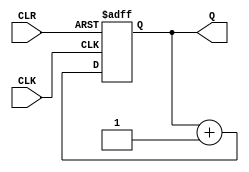
///////////////////////////////////////////////////////////////////////////////////////////////////
// Company: <Name>
//
// File history:
//      <Revision number>: <Date>: <Comments>
//      <Revision number>: <Date>: <Comments>
//      <Revision number>: <Date>: <Comments>
//
// Description: 
//
// <Description here>
//
// Targeted device: <Family::ProASIC3> <Die::A3P600> <Package::208 PQFP>
//
/////////////////////////////////////////////////////////////////////////////////////////////////// 

//`timescale <time_units> / <precision>

module CNT( CLK,CLR,Q );
	parameter Bits = 8;
	
	input CLK, CLR;
	output [Bits-1:0]Q;
	
	reg [Bits-1:0] cnt;
	always @(posedge CLK, negedge CLR)begin
		if(!CLR) cnt <= {Bits{1'b0}};
		else cnt <= cnt + 1'b1;
	end

	assign Q = cnt;

endmodule